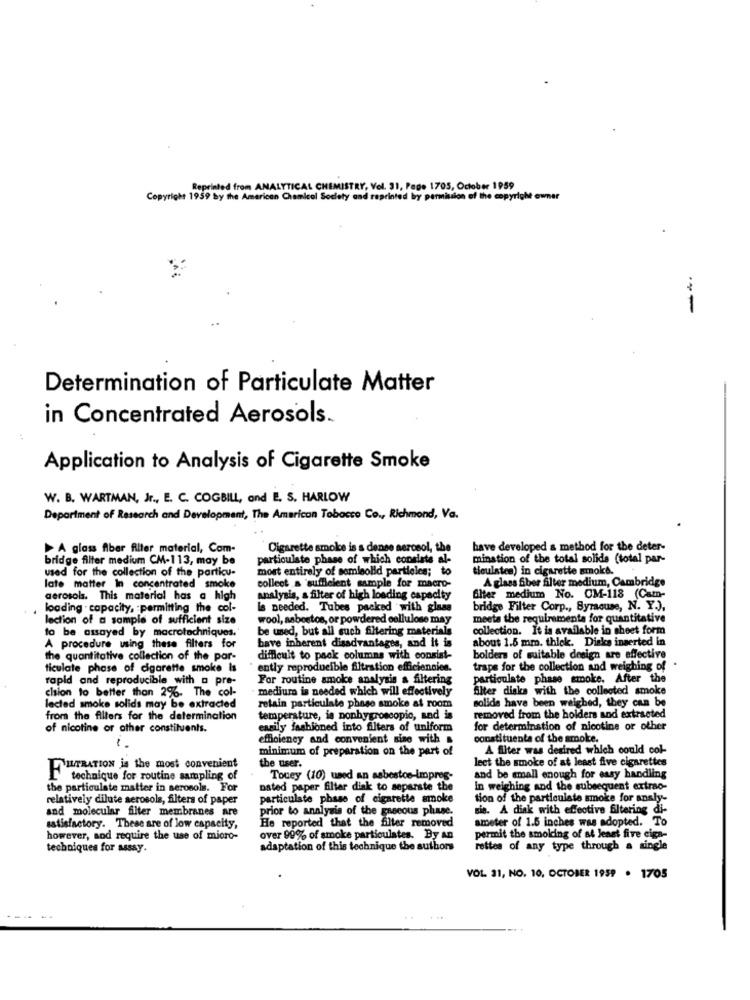
Reprinted from ANALYTICAL CHEMISTRY, Vol. 31, Page 1705, October 1959
Copyright 1959 by the American Chemical Society and reprinted by permission of the copyright owner
--
Determination of Particulate Matter
in Concentrated Aerosols.
Application to Analysis of Cigarette Smoke
W. B. WARTMAN, Jr ., E. C. COGBILL, and E. S. HARLOW
Department of Research and Development, The American Tobacco Co ., Richmond, Va.
A glass fiber filter material, Com-
Cigarette smoke is s denne aerosol, the
have developed a method for the deter-
bridge filter medium CM-113, may be
particulate phase of which consiste al-
mination of the total solids (total par-
used for the collection of the particu-
most entirely of semisolid partieles; to
ticulsten) in cigarette smoke.
collect a sufficient sample for macro-
A glass Siber filter medium, Cambridge
late matter In concentrated smoke
aerosols. This material has a high
analysis, a filter of high loading capacity
Ghter medium No. CM-118 (Cam-
loading . capacity, : permitting the col-
Is needed. Tubes packed with glass
bridge Filter Corp ., Byracuse, N. Y.),
lection of a sample of sufficient size
wool, asbestos, or powdered cellulose may
meets the requirements for quantitative
be used, but all such filtering materials
collection. It is available in sheet form
to be assayed by macrotechniques.'
about 1.5 mm. thick. Diska inserted in
A procedure using these filters for
have inherent disadvantages, and it is
the quantitative collection of the par-
difficult to pack columns with consist-
bolders of suitable design are effective
ticulate phase of cigarette smoke Is
ently reproducible filtration efficiencies.
traps for the collection and weighing of
rapid and reproducible with_a pre-
For routine smoke analysis a filtering
particulate phase smoke. After the
cision to better than 2%. The col-
medium is needed which will effectively
filter disks with the collected smoke
lected smoke solids may be extracted
retain particulate phase smoke at room
solids have been weighed, they can be
from the filters for the determination
temperature, is ponhygroscopic, and is
removed from the holders and extracted
of nicotine or other constituents.
easily fashioned into filters of uniform
for determination of nicotine or other
efficiency and convenient niso with .
constituents of the smoke.
minimum of preparation on the part of
A filter was desired which could col-
leet the smoke of at least five cigarettes
FILTRATION is the most convenient
the user.
technique for routine sampling of
Touey (10) used an asbestos-impres
and be small enough for essy handling
the particulate matter in aerosols. For
usted paper filter disk to separate the
In weighing and the subsequent extrao-
relatively dilute serosols, filters of paper
particulate phase of cigarette smoke
tion of the particulate smoke for analy-
and molecular filter membranes are
prior to analysis of the gaseous phase.
sie. A diak with effective filtering di-
He reported that the filter removed
ameter of 1.5 inches was adopted. To
satisfactory. These are of low capacity,
however, sod require the use of micro-
over 99% of smoke particulates. By An
permit the smolding of at least five ciga-
techniques for assay.
adaptation of this technique the sutbons
rettes of any type through a single
VOL 31, NO. 10, OCTOBER 1959 . 1705